Vaccination report Assam 1896-1927 - 1896-1927
Year: 1896
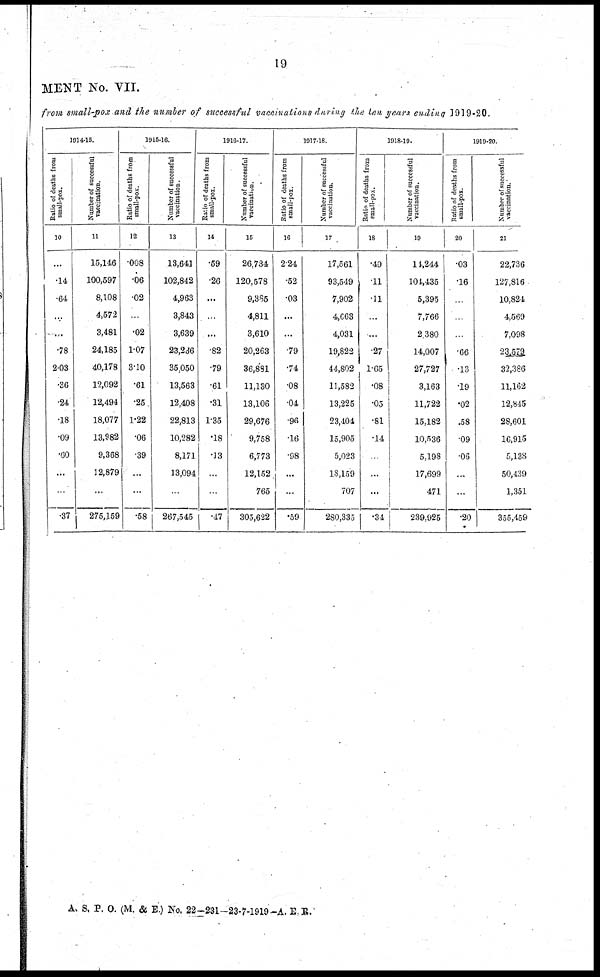
19
MENT No. VII.
from small-pox and the number of successful vaccinations during the ten years ending 1919-20
1014-15.
Ratio of deaths from
small-pox.
10
...
.14
.64
...
.78
2.03
.36
.24
.18
.09
.60
...
...
.37
Number of successful
vaccination.
11
15,146
100,597
8,108
4,572
3,481
24,185
40,178
12,092
12,494
18,077
13,982
9,368
12,879
...
275,159
1915-16.
Ratio of deaths from
small-pox.
12
.008
.06
.02
...
.02
1.07
3.10
.61
.25
1.22
.06
.39
...
...
.58
Number of successful
vaccination.
13
13,641
102,842
4,963
3,843
3,639
23,236
35,050
13,563
12,408
22,813
10,282
8,171
13,094
267,545
1916-17.
Ratio of deaths from
small-pox.
14
.59
.26
...
...
...
.82
.79
.61
.31
1.35
.18
.13
...
...
.47
Number of successful
vaccination.
15
26,734
120,578
9,385
4,811
3,610
20,263
36,891
11,130
13,106
29,676
9,758
6,773
12,152
765
305,622
1917-18.
Ratio of deaths from
small-pox.
16
2.24
.52
.03
...
...
79
.74
.08
.04
.96
.16
.98
...
...
.59
Number of successful
vaccination.
17
17,561
93,549
7,902
4,663
4,031
19,822
44,802
11,582
13,225
23,404
15,905
5,023
18,159
707
280,335
1918-19.
Ratio of deaths from
small-pox.
18
.49
.11
.11
...
...
.27
1.65
.08
.05
.81
.14
...
...
...
.34
Number of successful
vaccination.
19
14,244
101,435
5,395
7,766
2,380
14,007
27,727
3,163
11,722
15,182
10,536
5,198
17,699
471
239,925
1919-20.
Ratio of deaths from
small-pox.
20
.03
.16
...
...
.66
.13
19
.02
.58
.09
.06
...
...
.20
Number of successful
vaccination.
21
22,736
127,816
10,824
4,569
7,098
23,579
32,386
11,162
12,845
28,601
16,915
5,138
50,439
1,351
355,459
A. S. P. O. (M. & E.) No. 22—231—23-7-1919—A. E.R.